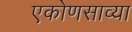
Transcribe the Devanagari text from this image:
एकोणसाव्या